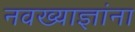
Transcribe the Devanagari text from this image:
नवख्याज्ञांना